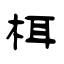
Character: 栮